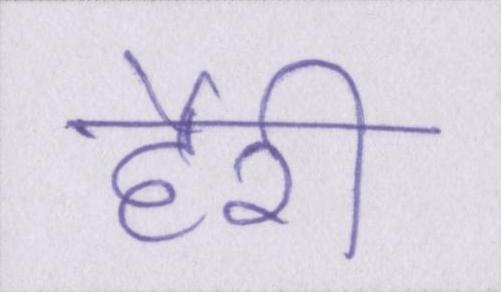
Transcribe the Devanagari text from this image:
हैरी